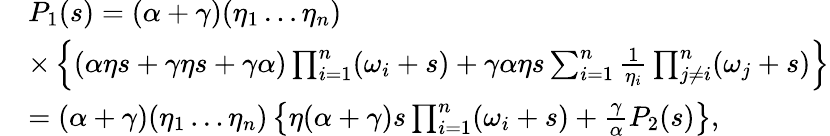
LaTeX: \begin{array}{rl}&{P_{1}(s)=(\alpha+\gamma)(\eta_{1}\ldots\eta_{n})}\\ &{\times\left\{ (\alpha\eta s+\gamma\eta s+\gamma\alpha)\prod_{i=1}^{n}(\omega_{i}+s)+\gamma\alpha\eta s\sum_{i=1}^{n}\frac{1}{\eta_{i}}\prod_{j\ne i}^{n}(\omega_{j}+s)\right\} }\\ &{=(\alpha+\gamma)(\eta_{1}\ldots\eta_{n})\left\{ \eta(\alpha+\gamma)s\prod_{i=1}^{n}(\omega_{i}+s)+\frac{\gamma}{\alpha}P_{2}(s)\right\} ,}\end{array}